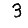
Digit: 3